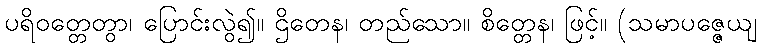
ပရိဝတ္တေတွာ၊ ပြောင်းလွဲ၍။ ဌိတေန၊ တည်သော။ စိတ္တေန၊ ဖြင့်။ (သမာပဇ္ဇေယျ